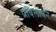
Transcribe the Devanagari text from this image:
प्रविलापनं